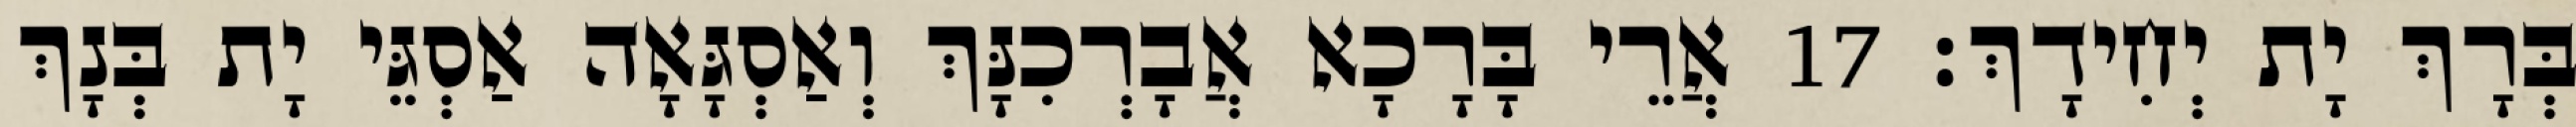
בְּרָךְ יָת יְחִידָךְ׃ 17 אֲרֵי בָּרָכָא אֲבָרְכִנָּךְ וְאַסְגָּאָה אַסְגֵּי יָת בְּנָךְ